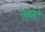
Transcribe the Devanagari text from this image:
लुबङो